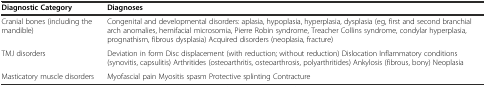
<table><thead><tr><td><b>Diagnostic Category</b></td><td><b>Diagnoses</b></td></tr></thead><tbody><tr><td>Cranial bones (including the mandible)</td><td>Congenital and developmental disorders: aplasia, hypoplasia, hyperplasia, dysplasia (eg, first and second branchial arch anomalies, hemifacial microsomia, Pierre Robin syndrome, Treacher Collins syndrome, condylar hyperplasia, prognathism, fibrous dysplasia) Acquired disorders (neoplasia, fracture)</td></tr><tr><td>TMJ disorders</td><td>Deviation in form Disc displacement (with reduction; without reduction) Dislocation Inflammatory conditions (synovitis, capsulitis) Arthritides (osteoarthritis, osteoarthrosis, polyarthritides) Ankylosis (fibrous, bony) Neoplasia</td></tr><tr><td>Masticatory muscle disorders</td><td>Myofascial pain Myositis spasm Protective splinting Contracture</td></tr></tbody></table>